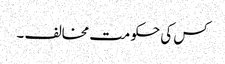
کس کی حکومت مخالف ۔